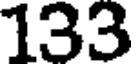
133